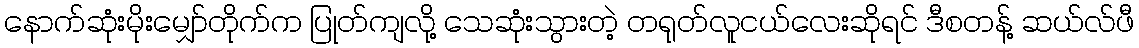
နောက်ဆုံးမိုးမျှော်တိုက်က ပြုတ်ကျလို့ သေဆုံးသွားတဲ့ တရုတ်လူငယ်လေးဆိုရင် ဒီစတန့် ဆယ်လ်ဖီ